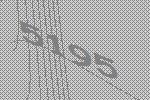
5195